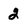
Character: 2